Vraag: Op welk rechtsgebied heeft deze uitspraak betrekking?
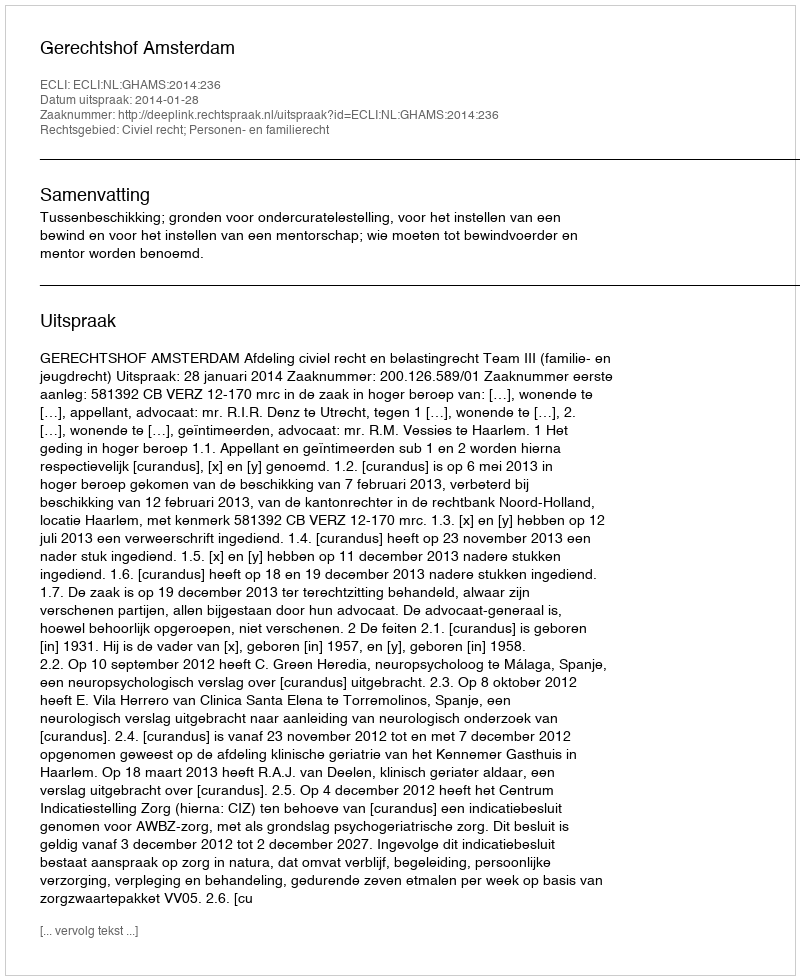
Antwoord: Civiel recht; Personen- en familierecht